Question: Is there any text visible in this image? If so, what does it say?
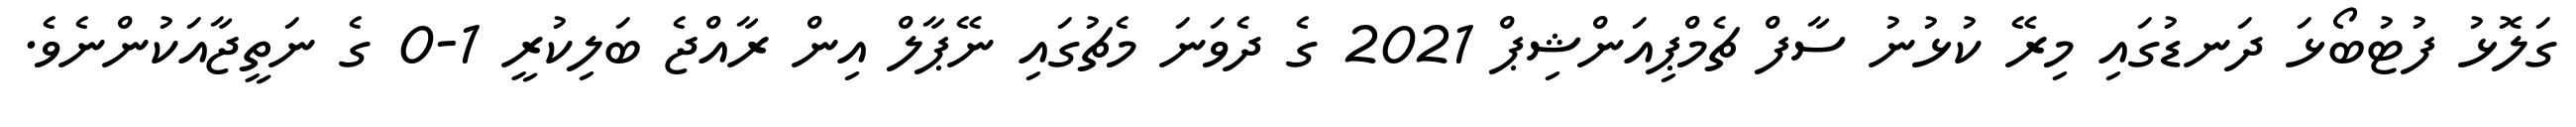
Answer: ގަލޮޅު ފުޓުބޯޅަ ދަނޑުގައި މިރޭ ކުޅުނު ސާފް ޗެމްޕިއަންޝިޕް 2021 ގެ ދެވަނަ މެޗުގައި ނޭޕާލް އިން ރާއްޖެ ބަލިކުރީ 1-0 ގެ ނަތީޖާއަކުންނެވެ.